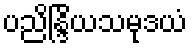
ပညိန္ဒြိယသမုဒယံ